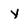
Character: y